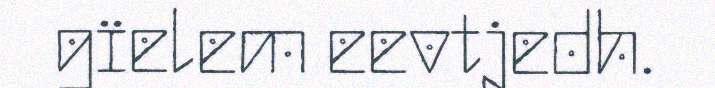
gïelem eevtjedh.